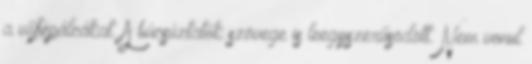
a vőfépálcákat. A búcsúztatók szövege is leegyszerűsödött. Nem vonul